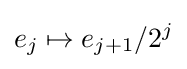
e_{j}\mapsto e_{j+1}/2^{j}